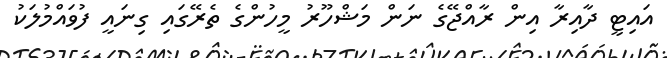
އައިޓީ ދާއިރާ އިން ރާއްޖޭގެ ނަން މަޝްހޫރު މީހުންގެ ތެރޭގައި ގިނައީ ފުވައްމުލަކު